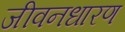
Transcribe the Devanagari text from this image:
जीवनधारण